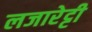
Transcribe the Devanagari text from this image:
लजारेट्टी